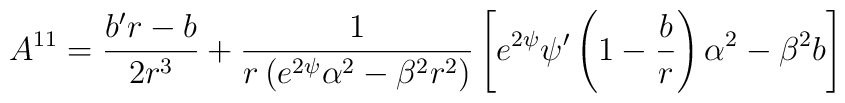
A^{11} = \frac{b^{\prime} r - b}{2r^{3}} +  \frac{1}{r \left (e^{2\psi}\alpha^{2} - \beta^{2}r^{2} \right )} \left [ e^{2\psi} \psi ^{\prime}\left ( 1 - \frac{b}{r} \right ) \alpha^{2} - \beta^{2} b \right ]